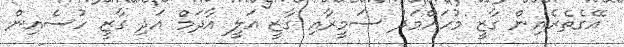
އޭގެތެރެއިން ގާޒީ މުހައްމަދު ސަމީރާއި ގާޒީ އަލީ އާދަމް އަދި ގާޒީ ހުސެއިން